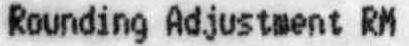
ROUNDING ADJUSTMENT RM